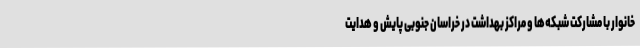
خانوار با مشارکت شبکه‌ها و مراکز بهداشت در خراسان جنوبی پایش و هدایت